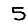
Digit: 5